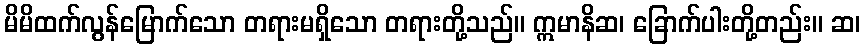
မိမိထက်လွန်မြောက်သော တရားမရှိသော တရားတို့သည်။ ဣမာနိဆ၊ ခြောက်ပါးတို့တည်း။ ဆ၊